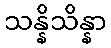
သန္နိသိန္နာ